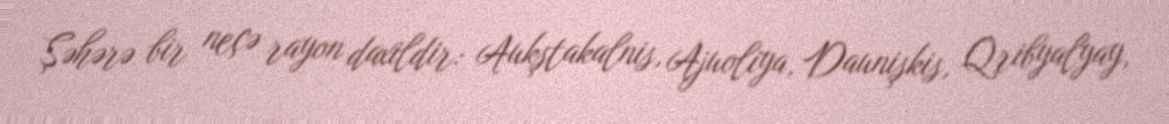
Şəhərə bir neçə rayon daxildir: Aukştakalnis, Ajuoliya, Daunişkis, Qribyalyay,